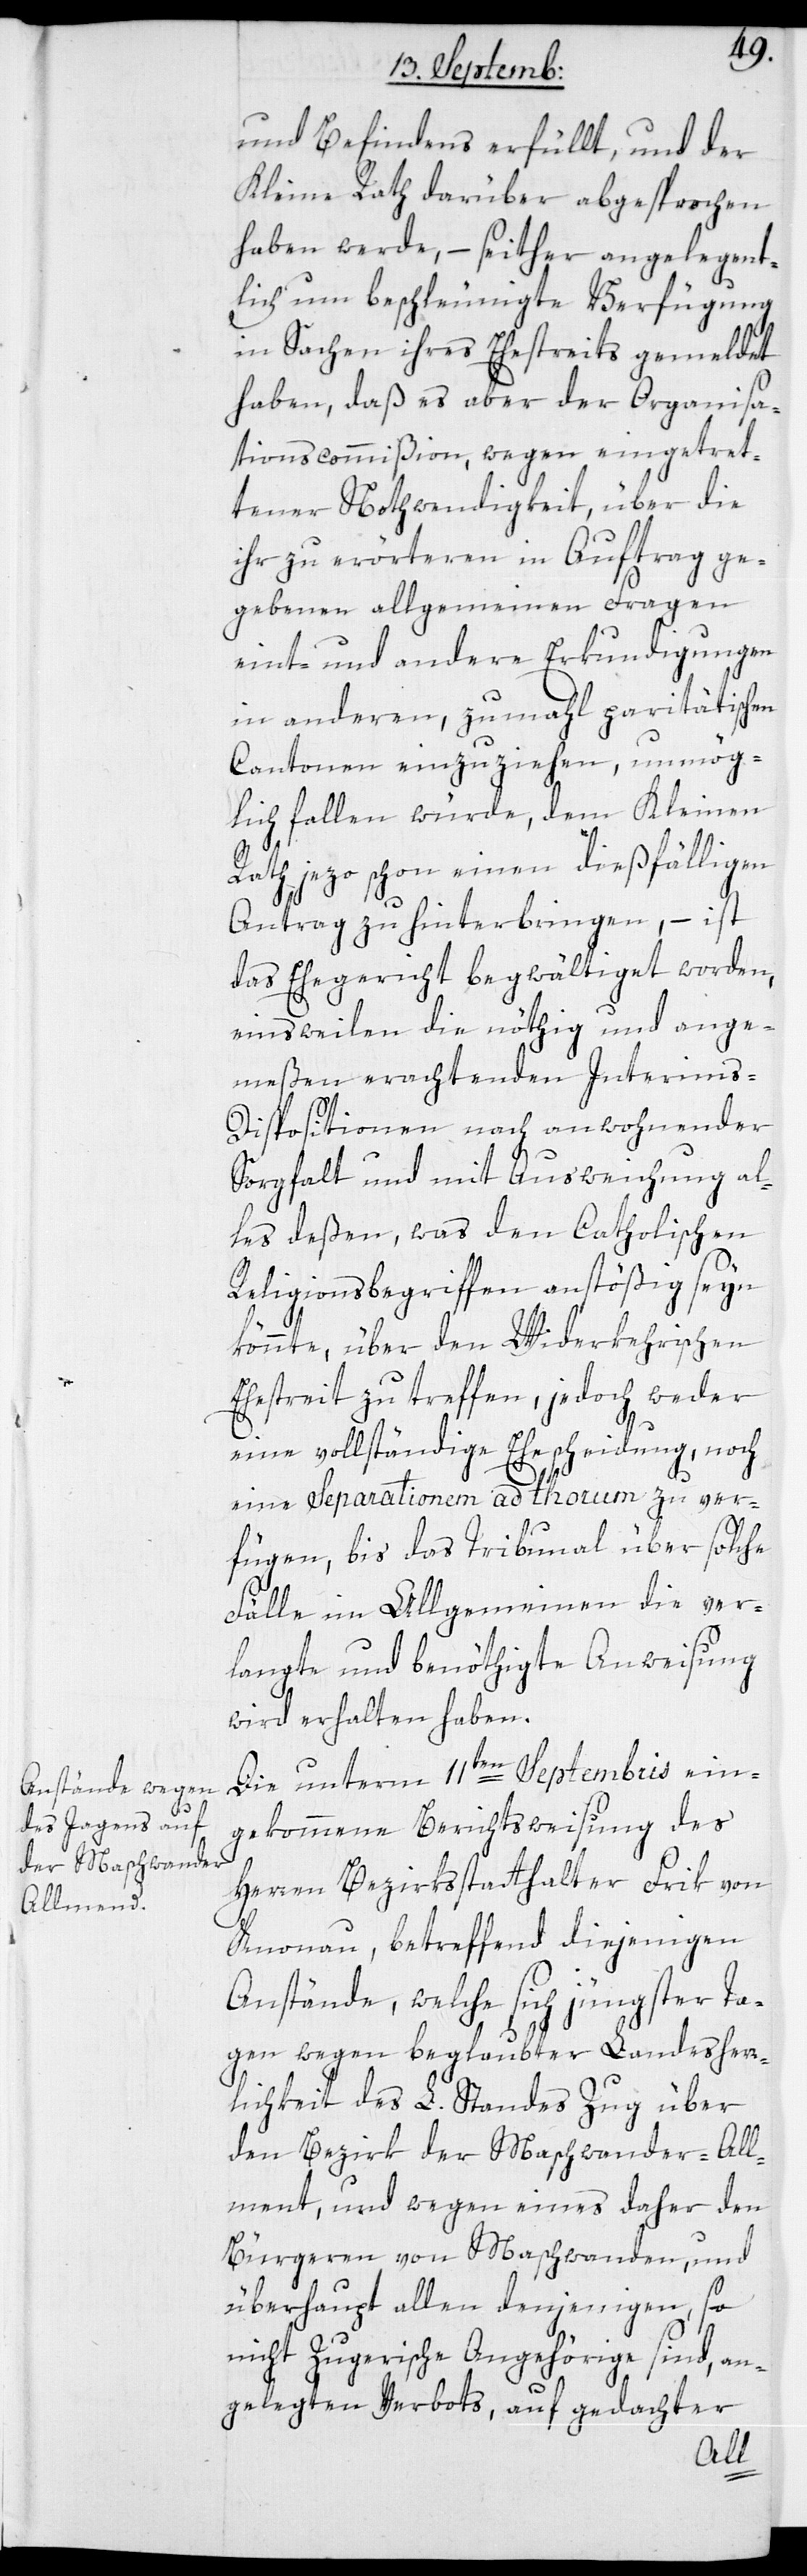
und Befindens erfüllt, und der
Kleine Rath darüber abgesprochen
haben werde, – seither angelegent¬
lich um beschleunigte Verfügung
in Sachen ihres Ehestreits gemeldet
haben, daß es aber der Organisa¬
tionscommißion, wegen eingetret¬
tener Nothwendigkeit, über die
ihr zu erörteren in Auftrag ge¬
gebenen allgemeinen Fragen
eint- und andere Erkundigungen
in anderen, zumahl paritätischen
Cantonen einzuziehen, unmög¬
lich fallen würde, dem Kleinen
Rath jezo schon einen dießfälligen
Antrag zu hinterbringen, – ist
das Ehegericht begwältiget worden,
einsweilen die nöthig und ange¬
meßen erachtenden Interims-D¬
ispositionen nach anwohnender
Sorgfalt und mit Ausweichung al¬
les deßen, was den Catholischen
Religionsbegriffen anstößig seyn
könnte, über den Widerkehrischen
Ehestreit zu treffen, jedoch weder
eine vollständige Ehescheidung noch
eine Separationem ad thorum zu ver¬
fügen, bis das Tribunal über solche
Fälle im Allgemeinen die ver¬
langte und benöthigte Anweisung
wird erhalten haben.
Die unterm 11ten Septembris ein¬
gekommene Berichtsweisung des
Herren Bezirksstatthalter Frik von
Knonau, betreffend diejeingen
Anstände, welche sich jüngster Ta¬
gen wegen beglaubter Landesherr¬
lichkeit des L. Standes Zug über
den Bezirk der Maschwander-All¬
mend, und wegen eines daher den
Bürgeren von Maschwanden und
überhaupt allen denjenigen, so
nicht Zugerische Angehörige sind, an¬
gelegten Verbots, auf gedachter